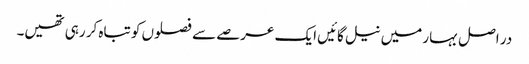
در اصل بہار میں نیل گائیں ایک عرصے سے فصلوں کو تباہ کر رہی تھیں۔